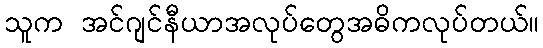
သူက အင်ဂျင်နီယာအလုပ်တွေအဓိကလုပ်တယ်။